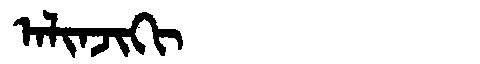
Manchu: ᠠᠯᡳᠨᠵᡳᡴᡳ
Romanization: ALINJIKI